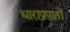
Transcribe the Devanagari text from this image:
धाराप्रपातों